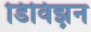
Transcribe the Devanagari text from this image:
डिविझ़न